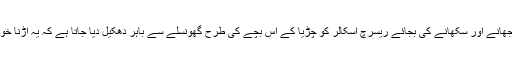
یعنی بتانے، سمجھانے اور سکھانے کی بجائے ریسرچ اسکالر کو چڑیا کے اُس بچے کی طرح گھونسلے سے باہر دھکیل دیا جاتا ہے کہ یہ اُڑنا خود ہی سیکھے گا۔